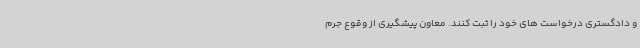
و دادگستری درخواست های خود را ثبت کنند. معاون پیشگیری از وقوع جرم